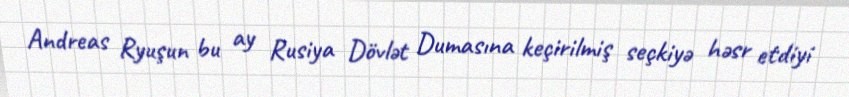
Andreas Ryuşun bu ay Rusiya Dövlət Dumasına keçirilmiş seçkiyə həsr etdiyi